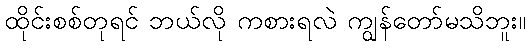
ထိုင်းစစ်တုရင် ဘယ်လို ကစားရလဲ ကျွန်တော်မသိဘူး။